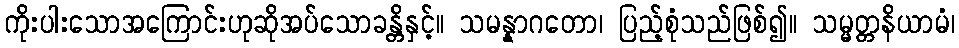
ကိုးပါးသောအကြောင်းဟုဆိုအပ်သောခန္တိနှင့်။ သမန္နာဂတော၊ ပြည့်စုံသည်ဖြစ်၍။ သမ္မတ္တနိယာမံ၊